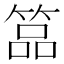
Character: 𥰔